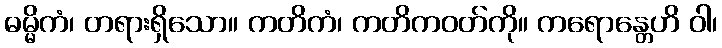
ဓမ္မိကံ၊ တရားရှိသော။ ကတိကံ၊ ကတိကဝတ်ကို။ ကရောန္တေဟိ ဝါ၊